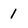
Character: 1